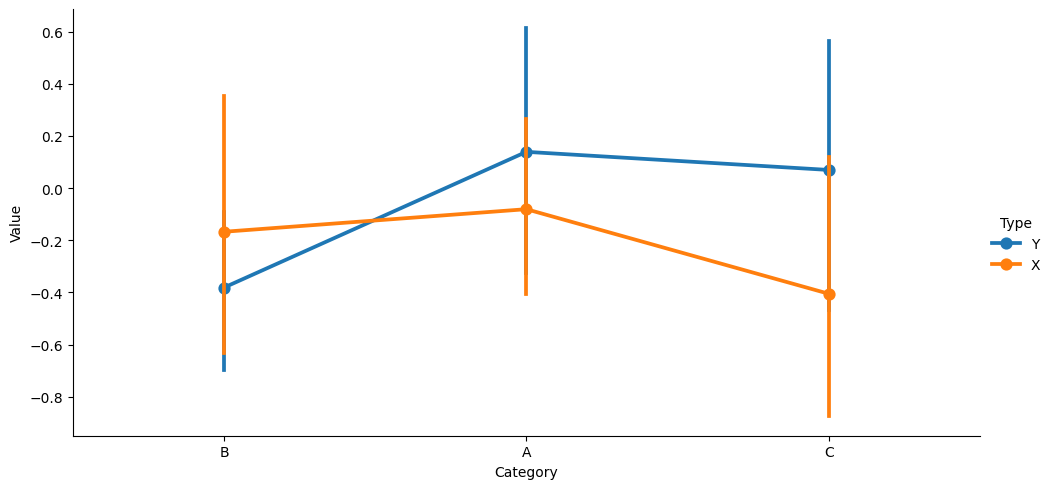
python, seaborn, catplot, kind='point', height=5, aspect=2